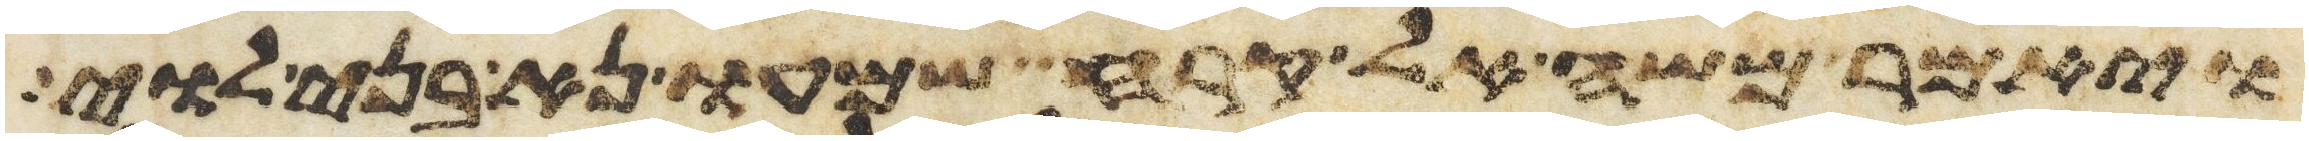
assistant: ויאמר משה אל קרח שמעו נא בני לוי